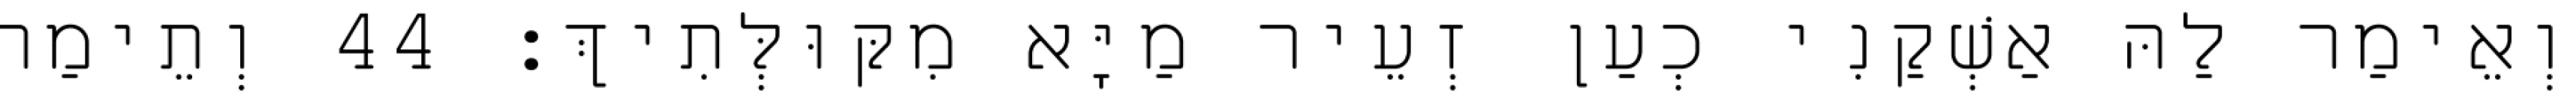
וְאֵימַר לַהּ אַשְׁקַנִי כְעַן זְעֵיר מַיָּא מִקּוּלְּתִיךְ׃ 44 וְתֵימַר